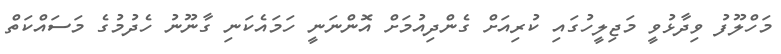
މަހްލޫފު ވިދާޅުވީ މަޖިލީހުގައި ކުރިއަށް ގެންދިއުމަށް އޮންނަނީ ހަމައެކަނި ގާނޫނު ހެދުމުގެ މަސައްކަތް